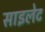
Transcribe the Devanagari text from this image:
साइलेट